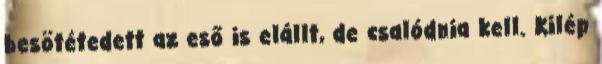
besötétedett az eső is elállt, de csalódnia kell. Kilép